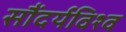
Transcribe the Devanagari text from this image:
सौंदर्यविश्व